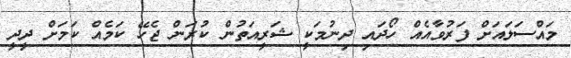
މައްސަލައަށް ފަރުވާއެއް ހޯދައި ދިނުމަކީ ޝަރީއަތުން ކުރަން ޖެހޭ ކަމެއް ކަމަށް ދީދީ